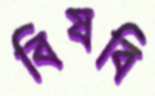
বিষবি